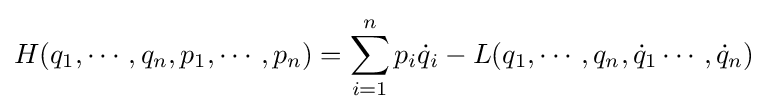
H(q_{1},\cdots ,q_{n},p_{1},\cdots ,p_{n})=\sum _{i=1}^{n}p_{i}{\dot {q}}_{i}-L(q_{1},\cdots ,q_{n},{\dot {q}}_{1}\cdots ,{\dot {q}}_{n})